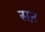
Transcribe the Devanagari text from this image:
सऩ